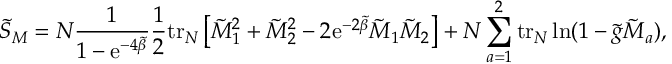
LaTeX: \tilde { S } _ { M } = N \frac { 1 } { 1 - \mathrm { e } ^ { - 4 \tilde { \beta } } } \frac { 1 } { 2 } \mathrm { t r } _ { N } \left[ \tilde { M } _ { 1 } ^ { 2 } + \tilde { M } _ { 2 } ^ { 2 } - 2 \mathrm { e } ^ { - 2 \tilde { \beta } } \tilde { M } _ { 1 } \tilde { M } _ { 2 } \right] + N \sum _ { a = 1 } ^ { 2 } \mathrm { t r } _ { N } \ln ( 1 - \tilde { g } \tilde { M } _ { a } ) ,